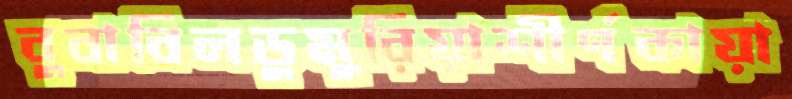
বুবাবিলডুমুরিয়াশীর্ণকায়া